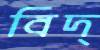
বিদ্